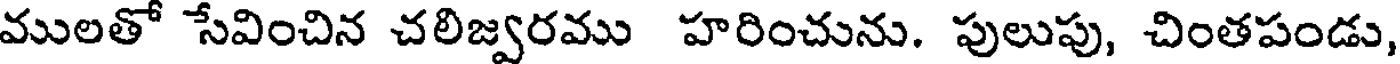
ములతో సేవించిన చలిజ్వరము హరించును. పులుపు, చింతపండు,